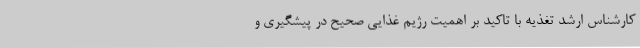
کارشناس ارشد تغذیه با تاکید بر اهمیت رژیم غذایی صحیح در پیشگیری و